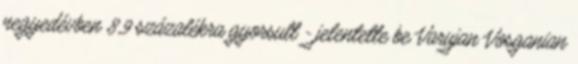
negyedévben 8,9 százalékra gyorsult - jelentette be Varujan Vosganian